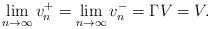
LaTeX: \begin{align*}\lim_{n\to\infty}v_n^+=\lim_{n\to\infty}v_n^-=\Gamma V=V.\end{align*}